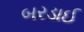
બરડાઈ